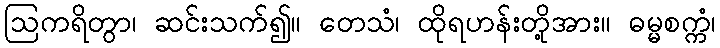
ဩကရိတွာ၊ ဆင်းသက်၍။ တေသံ၊ ထိုရဟန်းတို့အား။ ဓမ္မစက္ကံ၊